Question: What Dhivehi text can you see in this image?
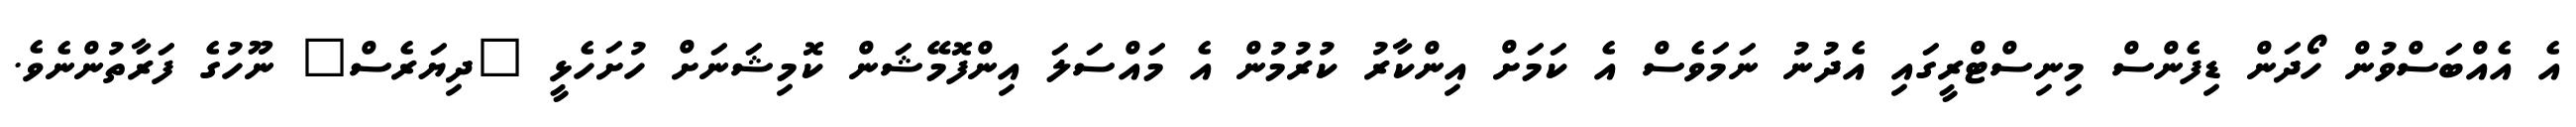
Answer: އެ އެއްބަސްވުން ހޯދަން ޑިފެންސް މިނިސްޓްރީގައި އެދުނު ނަމަވެސް އެ ކަމަށް އިންކާރު ކުރުމުން އެ މައްސަލަ އިންފޮމޭޝަން ކޮމިޝަނަށް ހުށަހެޅީ "ދިޔަރެސް" ނޫހުގެ ފަރާތުންނެވެ.